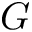
G